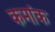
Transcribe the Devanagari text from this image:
कमांक